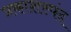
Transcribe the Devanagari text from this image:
प्रकाशस्पंद